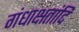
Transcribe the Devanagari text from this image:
गंधाक्षतांदि